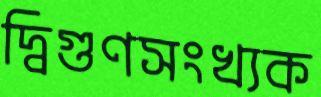
দ্বিগুণসংখ্যক